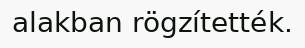
alakban rögzítették.